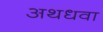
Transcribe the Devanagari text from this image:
अथधवा